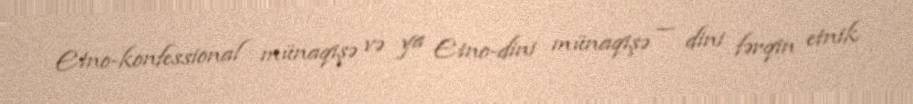
Etno-konfessional münaqişə və ya Etno-dini münaqişə — dini fərqin etnik